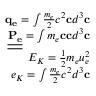
\begin{array} { r } { \mathbf { q _ { e } } = \int \frac { m _ { e } } { 2 } c ^ { 2 } \mathbf { c } d ^ { 3 } \mathbf { c } } \\ { \underline { { \underline { { \mathbf { P _ { e } } } } } } = \int m _ { e } \mathbf { c } \mathbf { c } d ^ { 3 } \mathbf { c } } \\ { E _ { K } = \frac { 1 } { 2 } m _ { e } u _ { e } ^ { 2 } } \\ { e _ { K } = \int \frac { m _ { e } } { 2 } c ^ { 2 } d ^ { 3 } \mathbf { c } } \end{array}